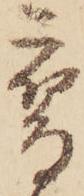
鷹